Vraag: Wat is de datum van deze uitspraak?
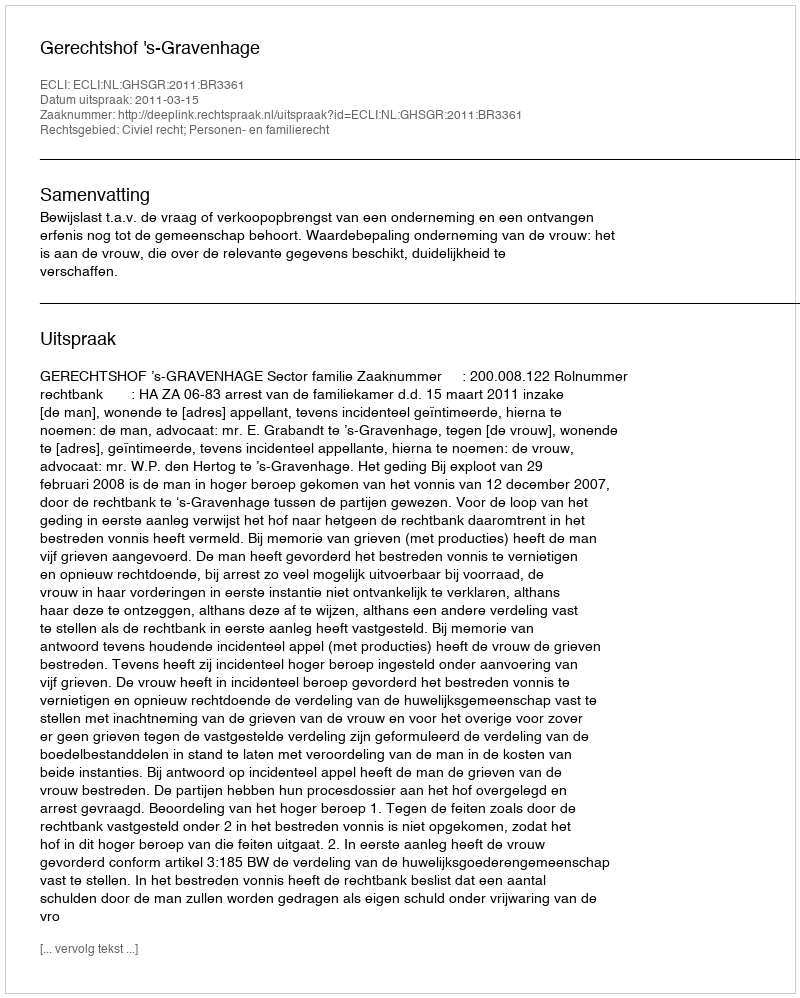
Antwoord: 2011-03-15